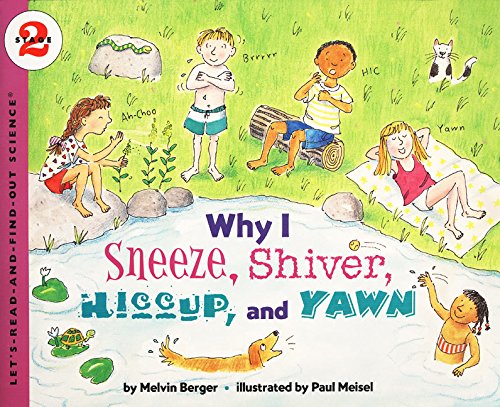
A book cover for Why I Sneeze, Shiver, Hiccup, & Yawn (Let's-Read-and-Find-Out Science 2); Melvin Berger; Children's Books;